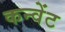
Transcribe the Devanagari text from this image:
कन्वेंट